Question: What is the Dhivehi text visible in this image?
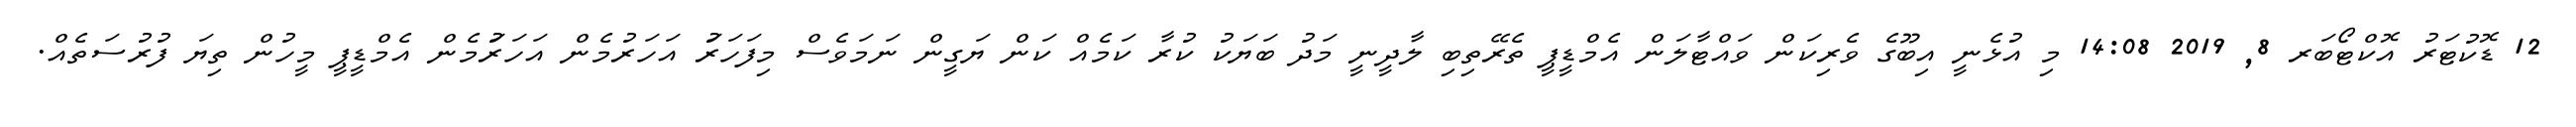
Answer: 12 ޑޮކުޓަރު އޮކްޓޯބަރ 8, 2019 14:08 މި އުޅެނީ އިބޫގެ ވެރިކަން ވައްޓާލަން އެމްޑީޕީ ތެރޭތިބި ލާދީނީ މަދު ބަޔަކު ކުރާ ކަމެއް ކަން ޔަގީން ނަމަވެސް މިފަހަރަު އަހަރުމެން އަހަރަުމެން އެމްޑީޕީ މީހުން ތިޔަ ފުރުސަތެއް.